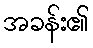
အခန်း၏